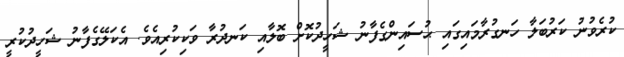
ކުރެވުނު ކަރުބަލާ ހަނގުރާމައިގައި ޙުސައިންގެފާނު ޝަހީދުކޮށް ބޮލާއި ކަނދުރާ ވަކިކުރިއެވެ. އެކަލޭގެފާނު ޝަހީދުކުރީ